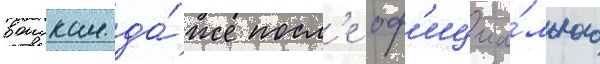
воискам да́же посл'е оф'ициа́льного